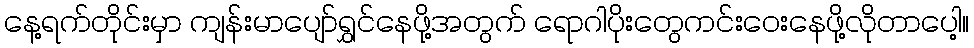
နေ့ရက်တိုင်းမှာ ကျန်းမာပျော်ရွှင်နေဖို့အတွက် ရောဂါပိုးတွေကင်းဝေးနေဖို့လိုတာပေါ့။